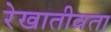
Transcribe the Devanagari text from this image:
रेखातीव्रता